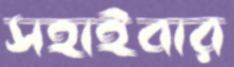
সহাইবার